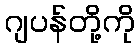
ဂျပန်တို့ကို